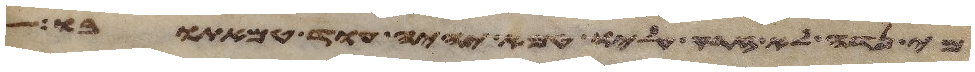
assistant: מי נדה לא זרק עליו טמא יהיה עוד טמאתו בו